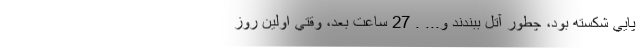
پايي شكسته بود، چطور آتل ببندند و... . 27 ساعت بعد، وقتي اولين روز